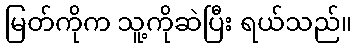
မြတ်ကိုက သူ့ကိုဆဲပြီး ရယ်သည်။